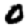
Digit: 0